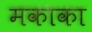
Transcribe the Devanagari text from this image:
मकाका